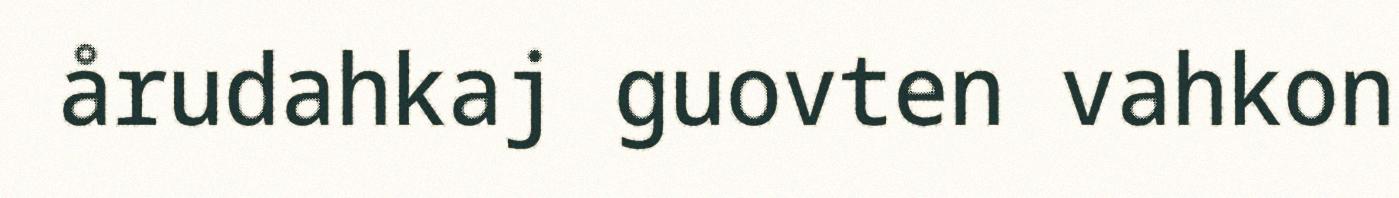
årudahkaj guovten vahkon